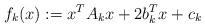
\begin{align*} f_k(x):=x^TA_kx+2b_k^Tx+c_k\end{align*}